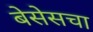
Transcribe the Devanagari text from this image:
बेसेसचा